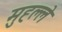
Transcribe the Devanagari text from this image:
मुह्ल्ले